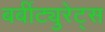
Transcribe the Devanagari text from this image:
बर्बीट्युरेट्स